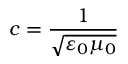
c = { \frac { 1 } { \sqrt { \varepsilon _ { 0 } \mu _ { 0 } } } }